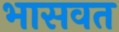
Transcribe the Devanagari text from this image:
भासवत